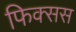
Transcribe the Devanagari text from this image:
फिक्सस